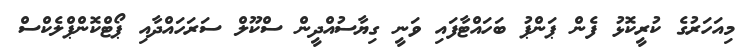
މިއަހަރުގެ ކުރީކޮޅު ފެން ޕަންޕު ބަހައްޓާފައި ވަނީ ގިޔާސުއްދީން ސްކޫލް ސަރަހައްދާއި ޕޯޓްކޮންޕްލެކްސް